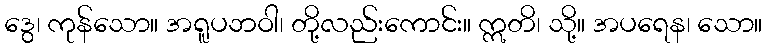
ဒွေ၊ ကုန်သော။ အရူပဘဝါ၊ တို့လည်းကောင်း။ ဣတိ၊ သို့။ အပရေန၊ သော။